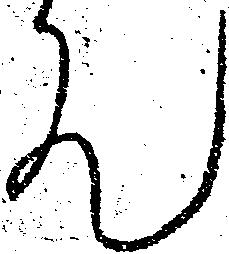
て